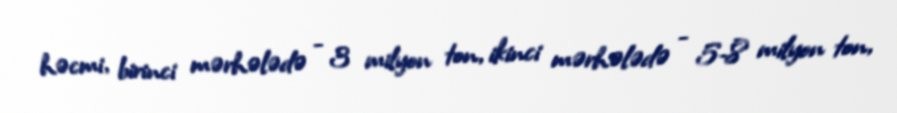
həcmi, birinci mərhələdə - 3 milyon ton, ikinci mərhələdə - 5-8 milyon ton,